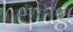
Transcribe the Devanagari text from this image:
अतिसंवेदन